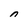
Character: n